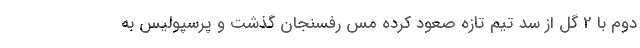
دوم با 2 گل از سد تیم تازه صعود کرده مس رفسنجان گذشت و پرسپولیس به